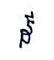
ដ៏